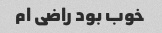
خوب بود راضی ام